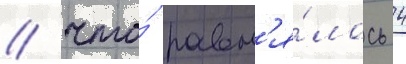
/ что́ равн'я́лось 4